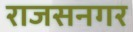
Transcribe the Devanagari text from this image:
राजसनगर